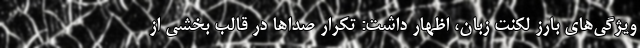
ویژگی‌های بارز لکنت زبان، اظهار داشت: تکرار صداها در قالب بخشی از